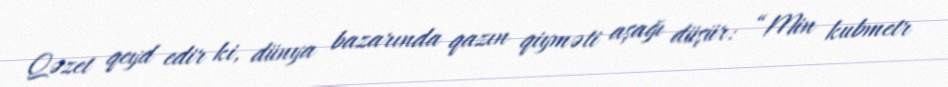
Qəzet qeyd edir ki, dünya bazarında qazın qiyməti aşağı düşür: “Min kubmetr